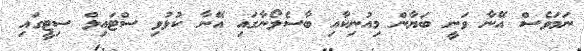
ނަމަވެސް އޭނާ ވަނީ ބަޔާން މިއުނިކާއި ބާސެލޯނާގައި އޭނާ ކުޅުވި ސްޓައިލް ސިޓީގައި